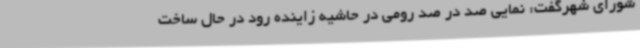
شورای شهرگفت: نمایی صد در صد رومی در حاشیه زاینده رود در حال ساخت